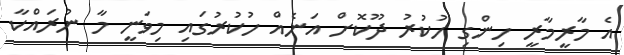
އެ މާރީމާރީ ހިންގި ހުކުރު ދޫކޮށް އަނެއް ހުކުރުގައި މިވަނީ މާ ނުރައްކާ